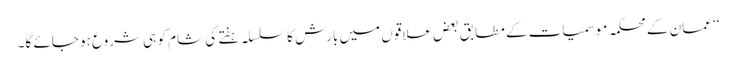
‘‘ عمان کے محکمہ موسمیات کے مطابق بعض علاقوں میں بارش کا سلسلہ ہفتے کی شام کو ہی شروع ہو جائے گا۔